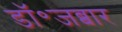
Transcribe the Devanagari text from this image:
डॉ॰जब्बार